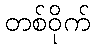
တစ်ဝိုက်